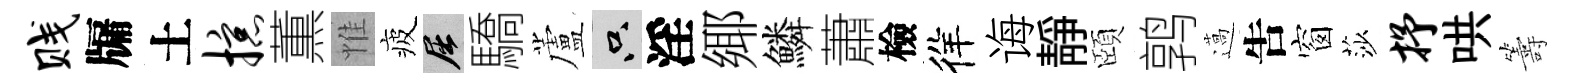
贱牖土掠薫惟疲屈驕蘆只淫鄊鱗蕭檢徉诲静頤鹑薖吿窗莎抒哄籌